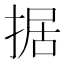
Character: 据